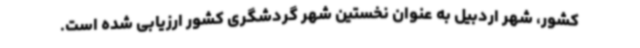
کشور، شهر اردبیل به عنوان نخستین شهر گردشگری کشور ارزیابی شده است.